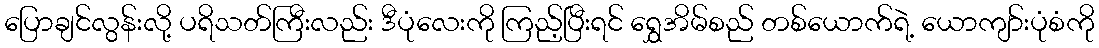
ပြောချင်လွန်းလို့ ပရိသတ်ကြီးလည်း ဒီပုံလေးကို ကြည့်ပြီးရင် ရွှေအိမ်စည် တစ်ယောက်ရဲ့ ယောကျာ်းပုံစံကို